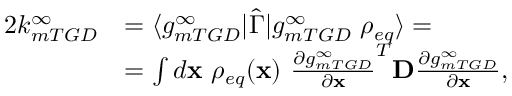
\begin{array} { r l } { 2 k _ { m T G D } ^ { \infty } } & { = \langle g _ { m T G D } ^ { \infty } \rvert \hat { \Gamma } \lvert g _ { m T G D } ^ { \infty } \ \rho _ { e q } \rangle = } \\ & { = \int d \mathbf { x } \ \rho _ { e q } ( \mathbf { x } ) \ \frac { \partial g _ { m T G D } ^ { \infty } } { \partial \mathbf { x } } ^ { T } \mathbf { D } \frac { \partial g _ { m T G D } ^ { \infty } } { \partial \mathbf { x } } , } \end{array}